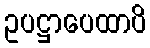
ဥပဋ္ဌာပေထာပိ